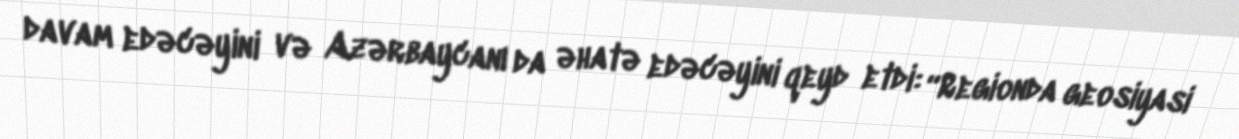
davam edəcəyini və Azərbaycanı da əhatə edəcəyini qeyd etdi: “Regionda geosiyasi